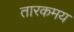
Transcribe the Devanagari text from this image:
तारकमय